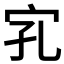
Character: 𱚄